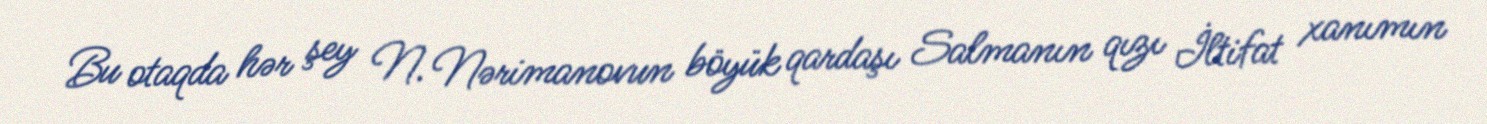
Bu otaqda hər şey N. Nərimanovun böyük qardaşı Salmanın qızı İltifat xanımın